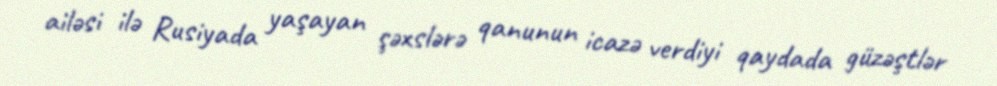
ailəsi ilə Rusiyada yaşayan şəxslərə qanunun icazə verdiyi qaydada güzəştlər